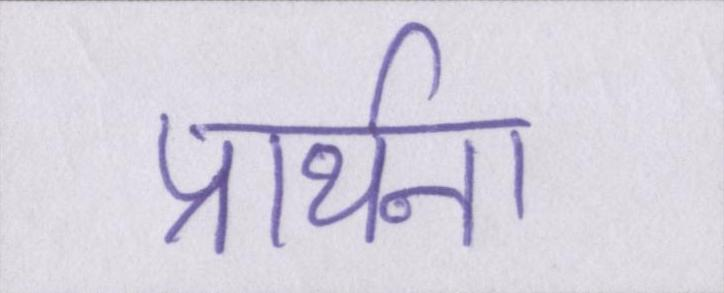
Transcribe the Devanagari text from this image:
प्रार्थना